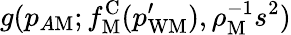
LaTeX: g(p_{A\mathrm{M}};f_{\mathrm{M}}^{\mathrm{C}}(p_{\mathrm{WM}}^{\prime}),\rho_{\mathrm{M}}^{-1}s^{2})